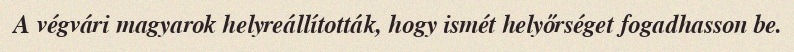
A végvári magyarok helyreállították, hogy ismét helyőrséget fogadhasson be.